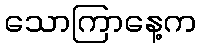
သောကြာနေ့က